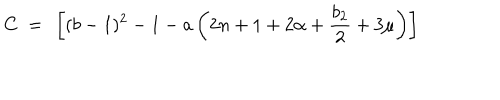
LaTeX: C \ = \ \left[ ( b - 1 ) ^ { 2 } - 1 - a \left( 2 n + 1 + 2 \alpha + \frac { b _ { 2 } } { 2 } + 3 \mu \right) \right]